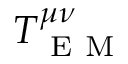
T _ { \mathrm { ~ E ~ M ~ } } ^ { \mu \nu }